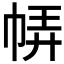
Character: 𢃈